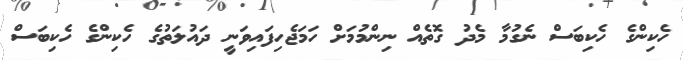
ހެކިންގެ ހެކިބަސް ނެގުމާ މެދު ގޮތެއް ނިންމުމަށް ހަމަޖެހިފައިވަނީ ދައުލަތުގެ ހެކިންގެ ހެކިބަސް